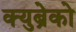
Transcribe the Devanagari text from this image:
क्युब्रेको